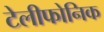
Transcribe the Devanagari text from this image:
टेलीफोनिक